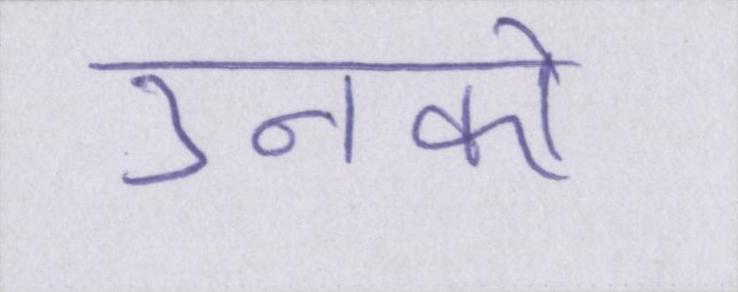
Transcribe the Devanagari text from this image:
उनको